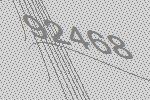
92468